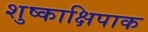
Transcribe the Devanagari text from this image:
शुष्काक्षिपाक